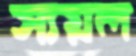
স্যয়ল